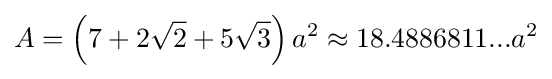
A=\left(7+2{\sqrt {2}}+5{\sqrt {3}}\right)a^{2}\approx 18.4886811...a^{2}